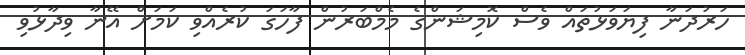
ހަރުދަނާ ފިޔަވަޅުތައް ވެސް ކޮމިޝަންގެ މެމްބަރުން ފާހަގަ ކުރެއްވި ކަމަށް އޭނާ ވިދާޅުވި